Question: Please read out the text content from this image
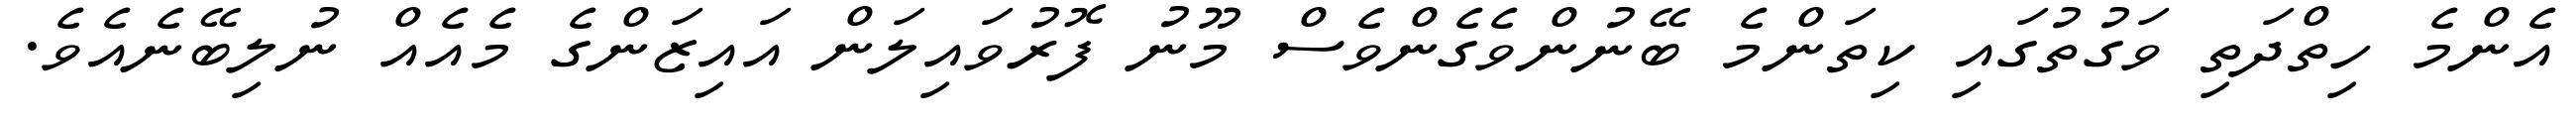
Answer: އެންމެ ހިތްދަތި ވަގުތުގައި ކިތަންމެ ބޭނުންވެގެންވެސް މޫނު ފޮރުވައިލަން އައިޒަންގެ މެއެއް ނުލިބޭނެއެވެ.